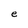
Character: e